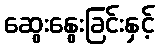
ဆွေးနွေးခြင်းနှင့်